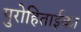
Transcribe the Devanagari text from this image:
पुरोहिताईका